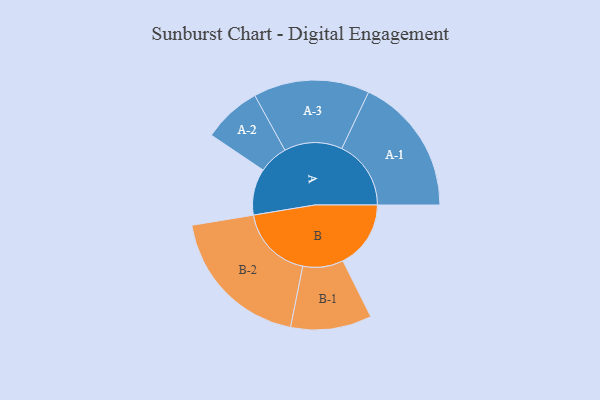
{"axis": {"x": "Segment", "y": "Value"}, "legend": ["", "A", "B"], "data": [{"x": "A", "y": 183, "type": ""}, {"x": "B", "y": 268, "type": ""}, {"x": "A-1", "y": 273, "type": "A"}, {"x": "A-2", "y": 115, "type": "A"}, {"x": "A-3", "y": 229, "type": "A"}, {"x": "B-1", "y": 160, "type": "B"}, {"x": "B-2", "y": 293, "type": "B"}]}